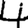
Digit: 4